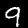
Label: 9